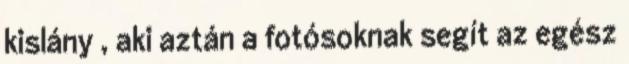
kislány , aki aztán a fotósoknak segít az egész